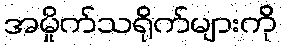
အမှိုက်သရိုက်များကို